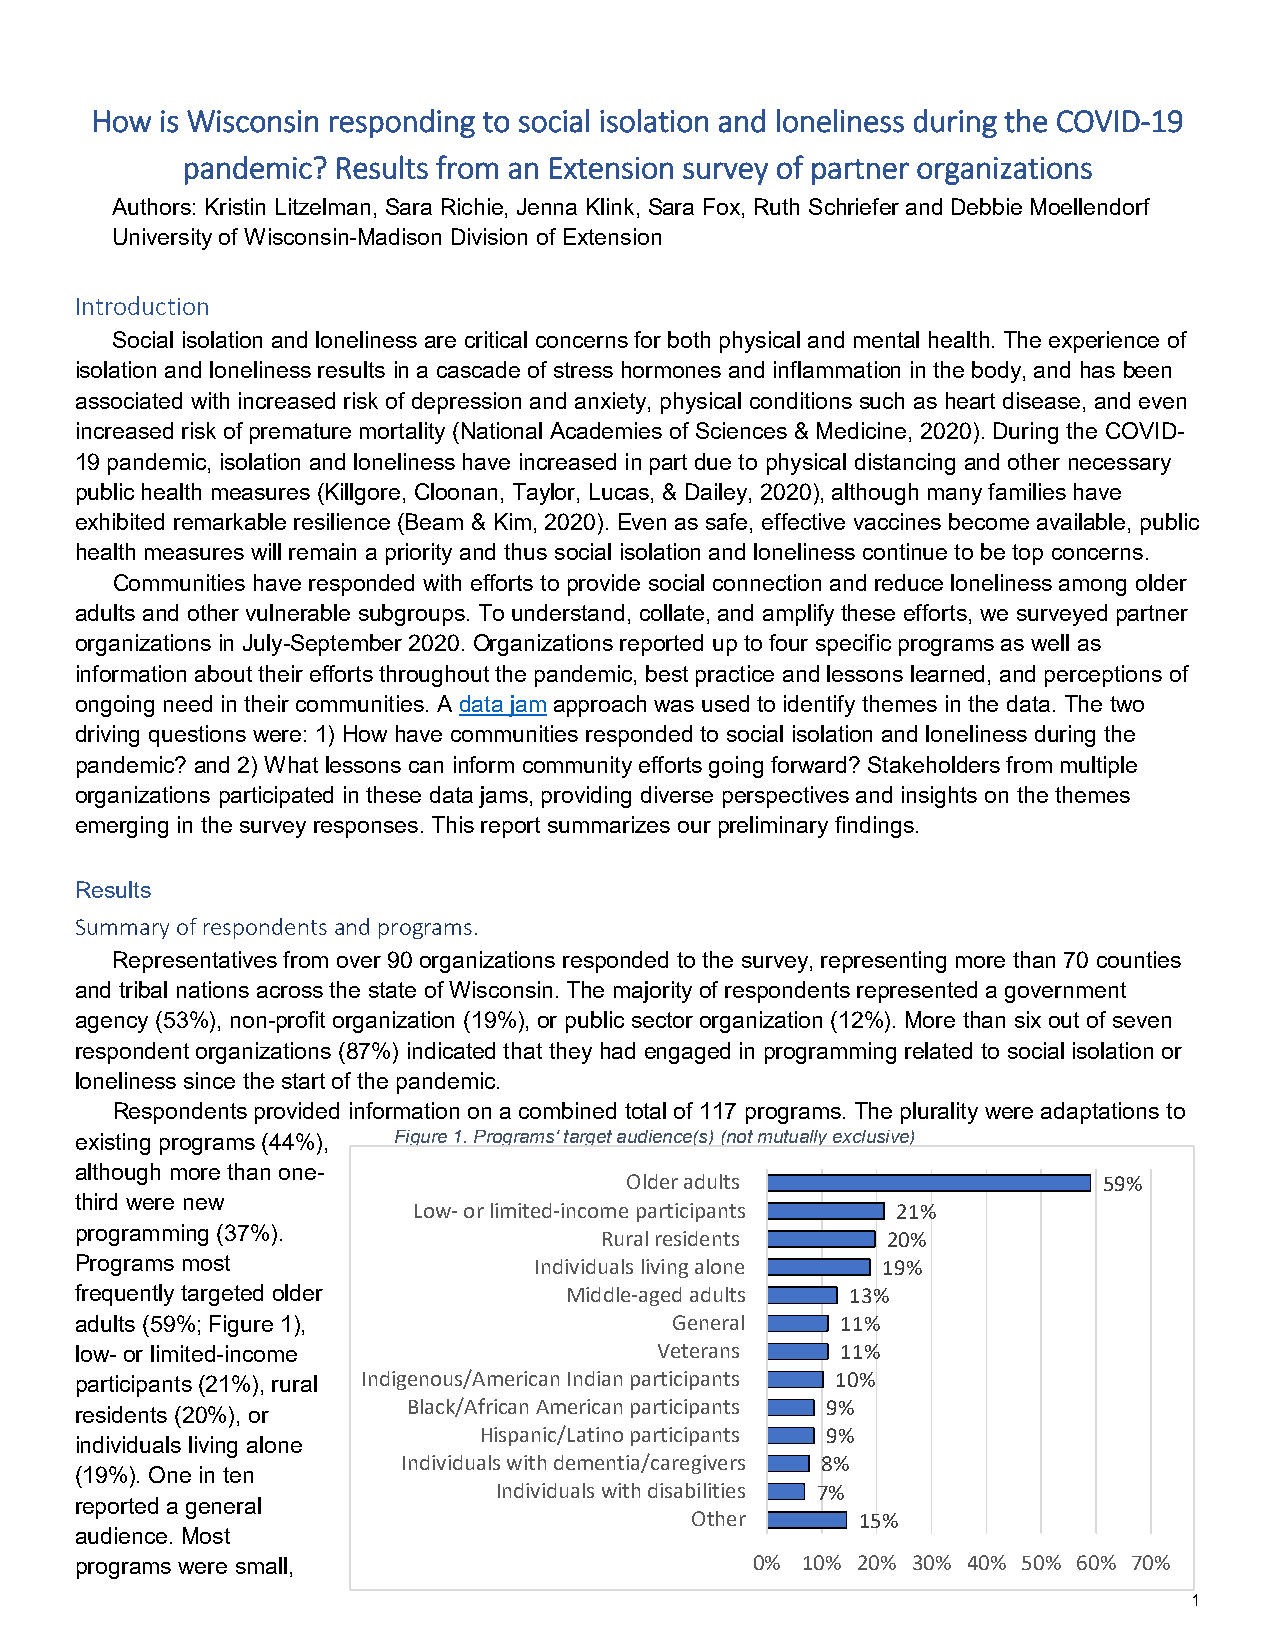
How  is Wisconsin responding to social isolation and loneliness during the COVID-19
 pandemic? Results from an Extension survey of partner organizations
 Authors: Kristin Litzelman, Sara Richie, Jenna Klink, Sara Fox, Ruth Schriefer and Debbie Moellendorf
 University of Wisconsin-Madison Division of Extension
 Introduction
 Social isolation and loneliness are critical concerns for both physical and mental health. The experience of
 isolation and loneliness results in a cascade of stress hormones and inflammation in the body, and has been
 associated with increased risk of depression and anxiety, physical conditions such as heart disease, and even
 increased risk of premature mortality (National Academies of Sciences & Medicine, 2020). During the COVID-
 19 pandemic, isolation and loneliness have increased in part due to physical distancing and other necessary
 public health measures (Killgore, Cloonan, Taylor, Lucas, & Dailey, 2020), although many families have
 exhibited remarkable resilience (Beam & Kim, 2020). Even as safe, effective vaccines become available, public
 health measures will remain a priority and thus social isolation and loneliness continue to be top concerns.
 Communities have responded with efforts to provide social connection and reduce loneliness among older
 adults and other vulnerable subgroups. To understand, collate, and amplify these efforts, we surveyed partner
 organizations in July-September 2020. Organizations reported up to four specific programs as well as
 information about their efforts throughout the pandemic, best practice and lessons learned, and perceptions of
 ongoing need in their communities. A data jam approach was used to identify themes in the data. The two
 driving questions were: 1) How have communities responded to social isolation and loneliness during the
 pandemic? and 2) What lessons can inform community efforts going forward? Stakeholders from multiple
 organizations participated in these data jams, providing diverse perspectives and insights on the themes
 emerging in the survey responses. This report summarizes our preliminary findings.
 Results
 Summary of respondents and programs.
 Representatives from over 90 organizations responded to the survey, representing more than 70 counties
 and tribal nations across the state of Wisconsin. The majority of respondents represented a government
 agency (53%), non-profit organization (19%), or public sector organization (12%). More than six out of seven
 respondent organizations (87%) indicated that they had engaged in programming related to social isolation or
 loneliness since the start of the pandemic.
 Respondents provided information on a combined total of 117 programs. The plurality were adaptations to
 existing programs (44%), Figure 1. Programs' target audience(s) (not mutually exclusive)
 although more than one-
 Older adults                    59%
 third were new
 Low- or limited-income participants 21%
 programming (37%).                 Rural residents    20%
 Programs most                 Individuals living alone 19%
 frequently targeted older       Middle-aged adults 13%
 adults (59%; Figure 1),                General     11%
 low- or limited-income                Veterans     11%
 participants (21%), rural Indigenous/American Indian participants 10%
 Black/African American participants 9%
 residents (20%), or
 Hispanic/Latino participants 9%
 individuals living alone
 Individuals with dementia/caregivers 8%
 (19%). One in ten
 Individuals with disabilities 7%
 reported a general
 Other      15%
 audience. Most
 programs were small,                         0% 10% 20% 30% 40% 50% 60% 70%
 1